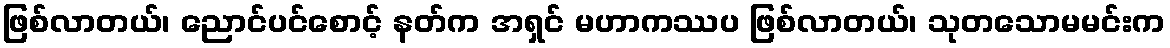
ဖြစ်လာတယ်၊ ညောင်ပင်စောင့် နတ်က အရှင် မဟာကဿပ ဖြစ်လာတယ်၊ သုတသောမမင်းက